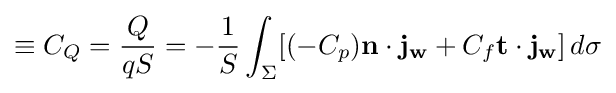
\equiv C_{Q}={\dfrac {Q}{qS}}=-{\dfrac {1}{S}}\int _{\Sigma }[(-C_{p})\mathbf {n} \cdot \mathbf {j_{w}} +C_{f}\mathbf {t} \cdot \mathbf {j_{w}} ]\,d\sigma